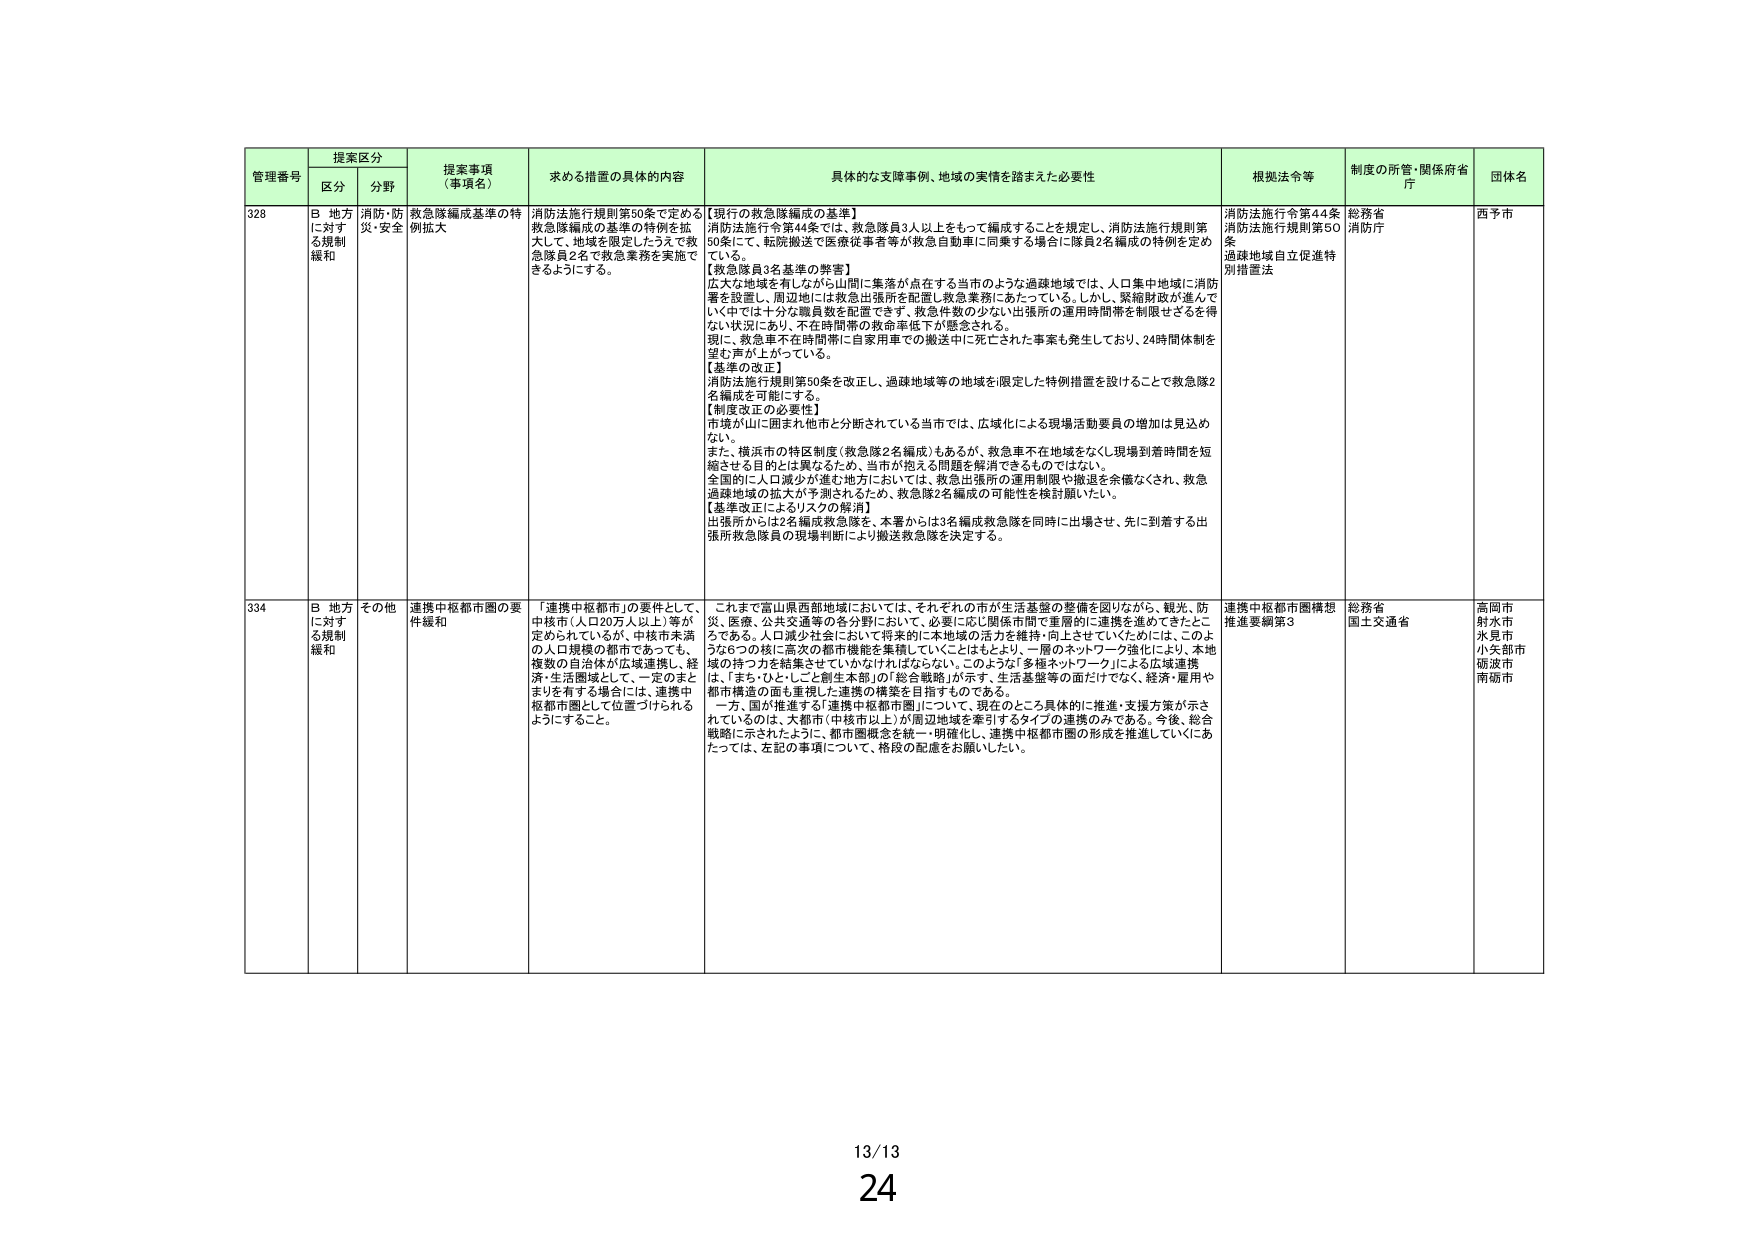
管理番号 提案区分 提案事項（事項名） 求める措置の具体的内容 具体的な支障事例、地域の実情を踏まえた必要性 根拠法令等 制度の所管・関係府省庁 団体名
区分 分野
328 B 地方に対する規制緩和 消防・防災・安全 救急隊編成基準の特例拡大 消防法施行規則第50条で定める救急隊編成の基準の特例を拡大して、地域を限定したうえで救急隊員2名で救急業務を実施できるようにする。 【現行の救急隊編成の基準】 消防法施行令第44条では、救急隊員3人以上をもって編成することを規定し、消防法施行規則第50条にて、転院搬送で医療従事者等が救急自動車に同乗する場合に隊員2名編成の特例を定めている。 【救急隊員3名基準の弊害】 広大な地域を有しながら山間に集落が点在する当市のような過疎地域では、人口集中地域に消防署を設置し、周辺地には救急出張所を配置し救急業務にあたっている。しかし、緊縮財政が進んでいく中では十分な職員数を配置できず、救急件数の少ない出張所の運用時間帯を制限せざるを得ない状況にあり、不在時間帯の救命率低下が懸念される。 現に、救急車不在時間帯に自家用車での搬送中に死亡された事案も発生しており、24時間体制を望む声が上がっている。 【基準の改正】 消防法施行規則第50条を改正し、過疎地域等の地域を限定した特例措置を設けることで救急隊2名編成を可能にする。 【制度改正の必要性】 市境が山に囲まれ他市と分断されている当市では、広域化による現場活動要員の増加は見込めない。 また、横浜市の特区制度（救急隊2名編成）もあるが、救急車不在地域をなくし現場到着時間を短縮させる目的とは異なるため、当市が抱える問題を解消できるものではない。 全国的に人口減少が進む地方においては、救急出張所の運用制限や撤退を余儀なくされ、救急過疎地域の拡大が予測されるため、救急隊2名編成の可能性を検討願いたい。 【基準改正によるリスクの解消】 出張所からは2名編成救急隊を、本署からは3名編成救急隊を同時に出場させ、先に到着する出張所救急隊員の現場判断により搬送救急隊を決定する。 消防法施行令第44条 消防法施行規則第50条 過疎地域自立促進特別措置法 総務省 消防庁 西予市
334 B 地方に対する規制緩和 その他 連携中核都市圏の要件緩和 「連携中核都市」の要件として、中核市（人口20万人以上）等が定められているが、中核市未満の人口規模の都市であっても、複数の自治体が広域連携し、経済・生活圏域として、一定のまとまりを有する場合には、連携中核都市圏として位置づけられるようにすること。 これまで富山県西部地域においては、それぞれの市が生活基盤の整備を図りながら、観光、防災、医療、公共交通等の各分野において、必要に応じ関係市間で重層的に連携を進めてきたところである。人口減少社会において将来的に本地域の活力を維持・向上させていくためには、このような6つの後に高次の都市機能を集積していくことにもとより、一層のネットワーク強化により、本地域の持つ力を結集させていかなければならない。このような「多極ネットワーク」による広域連携は、「まち・ひと・しごと創生本部」の「総合戦略」が示す、生活基盤等の面だけでなく、経済・雇用や都市構造の面も重視した連携の構築を目指すものである。 一方、国が推進する「連携中核都市圏」について、現在のところ具体的に推進・支援方策が示されているのは、大都市（中核市以上）が周辺地域を牽引するタイプの連携のみである。今後、総合戦略に示されたように、都市圏概念を統一・明確化し、連携中核都市圏の形成を推進していくにあたっては、左記の事項について、格段の配慮をお願いしたい。 連携中核都市圏構想推進要綱第3 総務省 国土交通省 高岡市 射水市 氷見市 小矢部市 砺波市 南砺市
13/13 24